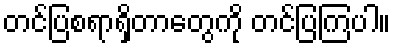
တင်ပြစရာရှိတာတွေကို တင်ပြကြပါ။